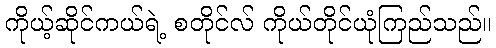
ကိုယ့်ဆိုင်ကယ်ရဲ့ စတိုင်လ် ကိုယ်တိုင်ယုံကြည်သည်။